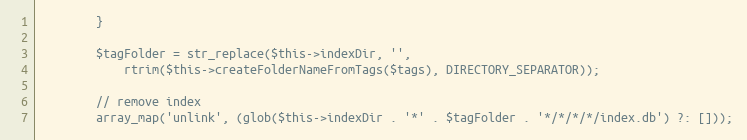
Language: PHP
        }

        $tagFolder = str_replace($this->indexDir, '',
            rtrim($this->createFolderNameFromTags($tags), DIRECTORY_SEPARATOR));

        // remove index
        array_map('unlink', (glob($this->indexDir . '*' . $tagFolder . '*/*/*/*/index.db') ?: []));